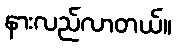
နားလည်လာတယ်။